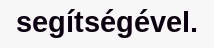
segítségével.